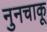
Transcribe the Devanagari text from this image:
नुनचाकू